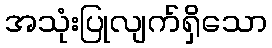
အသုံးပြုလျက်ရှိသော